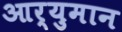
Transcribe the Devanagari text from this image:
आर्युमान